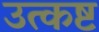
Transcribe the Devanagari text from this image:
उत्कष्ट